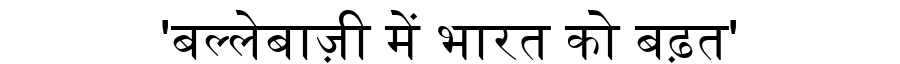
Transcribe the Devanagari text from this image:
'बल्लेबाज़ी में भारत को बढ़त'